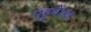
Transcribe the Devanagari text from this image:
पहुचें।तब